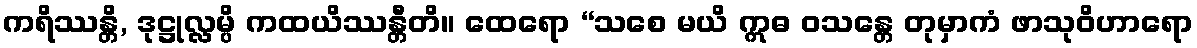
ကရိဿန္တိ, ဒုဋ္ဌုလ္လမ္ပိ ကထယိဿန္တီတိ။ ထေရော “သစေ မယိ ဣဓ ဝသန္တေ တုမှာကံ ဖာသုဝိဟာရော